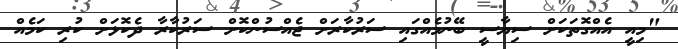
"މިއީ އެއްގޮތަކަށް ސިޔާސީ ބޭނުމެއްގައި ސަރުކާރަށް ޖެއްސުންކޮށް ސަރުކާރާ ދެކޮޅަށް ކުރި ކަމެއް